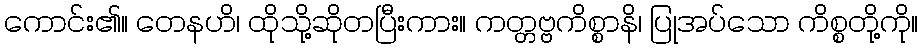
ကောင်း၏။ တေနဟိ၊ ထိုသို့ဆိုတပြီးကား။ ကတ္တဗ္ဗကိစ္စာနိ၊ ပြုအပ်သော ကိစ္စတို့ကို။